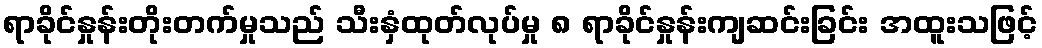
ရာခိုင်နှုန်းတိုးတက်မှုသည် သီးနှံထုတ်လုပ်မှု ၈ ရာခိုင်နှုန်းကျဆင်းခြင်း အထူးသဖြင့်